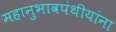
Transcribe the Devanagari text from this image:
महानुभावपंथीयांना